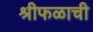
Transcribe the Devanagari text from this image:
श्रीफळाची